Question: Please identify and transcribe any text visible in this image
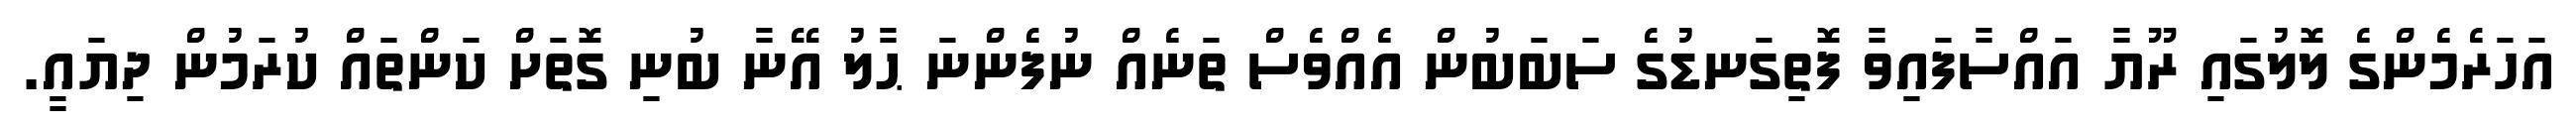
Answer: އަހަރެމެންގެ ލޮލުގައި ރޫޔާ އައްސާފައިވާ ފޮތިގަނޑުގެ ސަބަބުން އެއްވެސް ތަނެއް ނުފެންނަ ޙާލު އޭނާ ބުނި ގޮތަށް ކަންތައް ކުރަމުން ދިޔައީ.